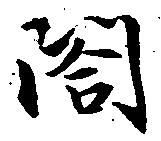
閤